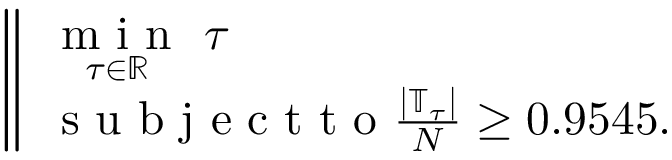
\left\| \begin{array} { l } { \underset { \tau \in \mathbb { R } } { \mathrm { ~ m ~ i ~ n ~ } } ~ \tau } \\ { \mathrm { ~ s ~ u ~ b ~ j ~ e ~ c ~ t ~ t ~ o ~ } \frac { | \mathbb T _ { \tau } | } { N } \geq 0 . 9 5 4 5 . } \end{array} \right.